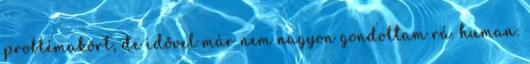
problémakört, de idővel már nem nagyon gondoltam rá. human: